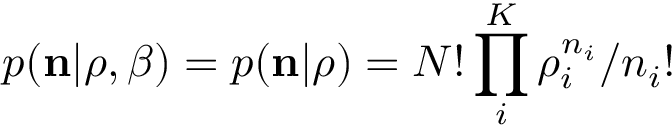
p ( { \bf n } | \boldsymbol { \rho } , \beta ) = p ( { \bf n } | \boldsymbol { \rho } ) = N ! \prod _ { i } ^ { K } \rho _ { i } ^ { n _ { i } } / n _ { i } !